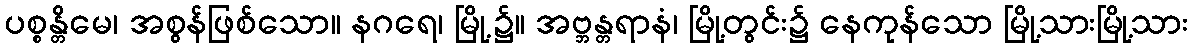
ပစ္စန္တိမေ၊ အစွန်ဖြစ်သော။ နဂရေ၊ မြို့၌။ အဗ္ဘန္တရာနံ၊ မြို့တွင်း၌ နေကုန်သော မြို့သားမြို့သား